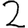
Digit: 2